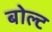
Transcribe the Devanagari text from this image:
बोल्‍ट